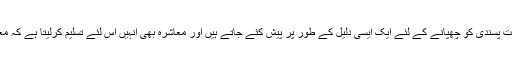
یہ سارے وہ غلط مبحث ہیں جو اپنی مصلحت پسندی کو چھپانے کے لئے ایک ایسی دلیل کے طور پر پیش کئے جاتے ہیں اور معاشرہ بھی انہیں اس لئے تسلیم کرلیتا ہے کہ معاشرہ بھی اسی مصلحت پسندی کا ہوتا ہے۔